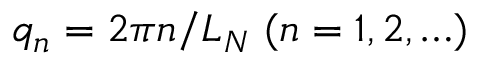
q _ { n } = 2 \pi n / L _ { N } \; ( n = 1 , 2 , \ldots )